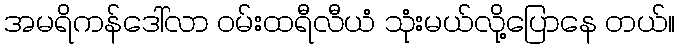
အမရိကန်ဒေါ်လာ ဝမ်းထရီလီယံ သုံးမယ်လို့ပြောနေ တယ်။